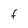
Character: F